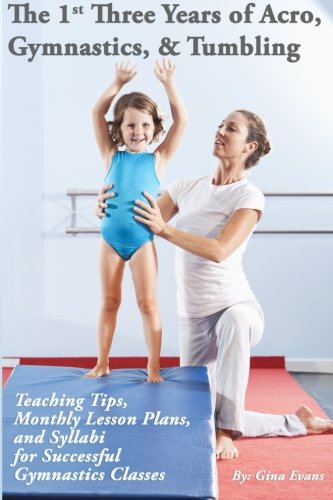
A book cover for The 1st Three Years of Acro, Gymnastics, & Tumbling: Teaching Tips, Monthly Lesson Plans, and Syllabi for Successful Gymnastics Classes; Gina Evans; Sports & Outdoors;